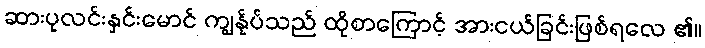
ဆားပုလင်းနှင်းမောင် ကျွန်ုပ်သည် ထိုစာကြောင့် အားငယ်ခြင်းဖြစ်ရလေ ၏။